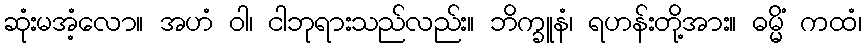
ဆုံးမအံ့လော။ အဟံ ဝါ၊ ငါဘုရားသည်လည်း။ ဘိက္ခူနံ၊ ရဟန်းတို့အား။ ဓမ္မိံ ကထံ၊